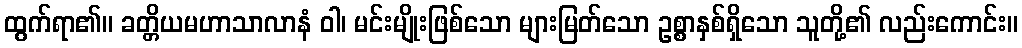
ထွက်ရာ၏။ ခတ္တိယမဟာသာလာနံ ဝါ၊ မင်းမျိုးဖြစ်သော များမြတ်သော ဥစ္စာနှစ်ရှိသော သူတို့၏ လည်းကောင်း။